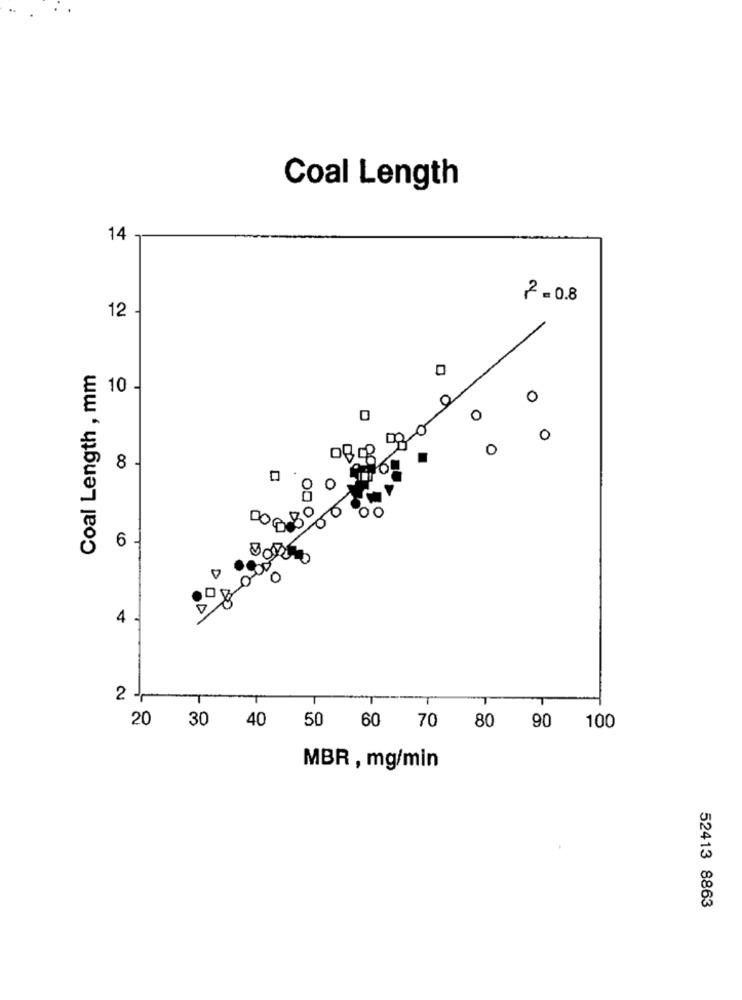
Coal Length
14
2 =0.8
12 -
Coal Length , mm
0
10 -
0
O
000
0
0
8 -
OO
6 -
0
10
D
4 -
2 -
20
30 40
50 60 70
80
90
100
MBR , mg/min
52413 8863